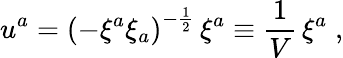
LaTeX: u^{a}={\left(-\xi^{a}\xi_{a}\right)}^{-{\frac{1}{2}}}\, \xi^{a}\equiv{\frac{1}{V}}\, \xi^{a}\; ,